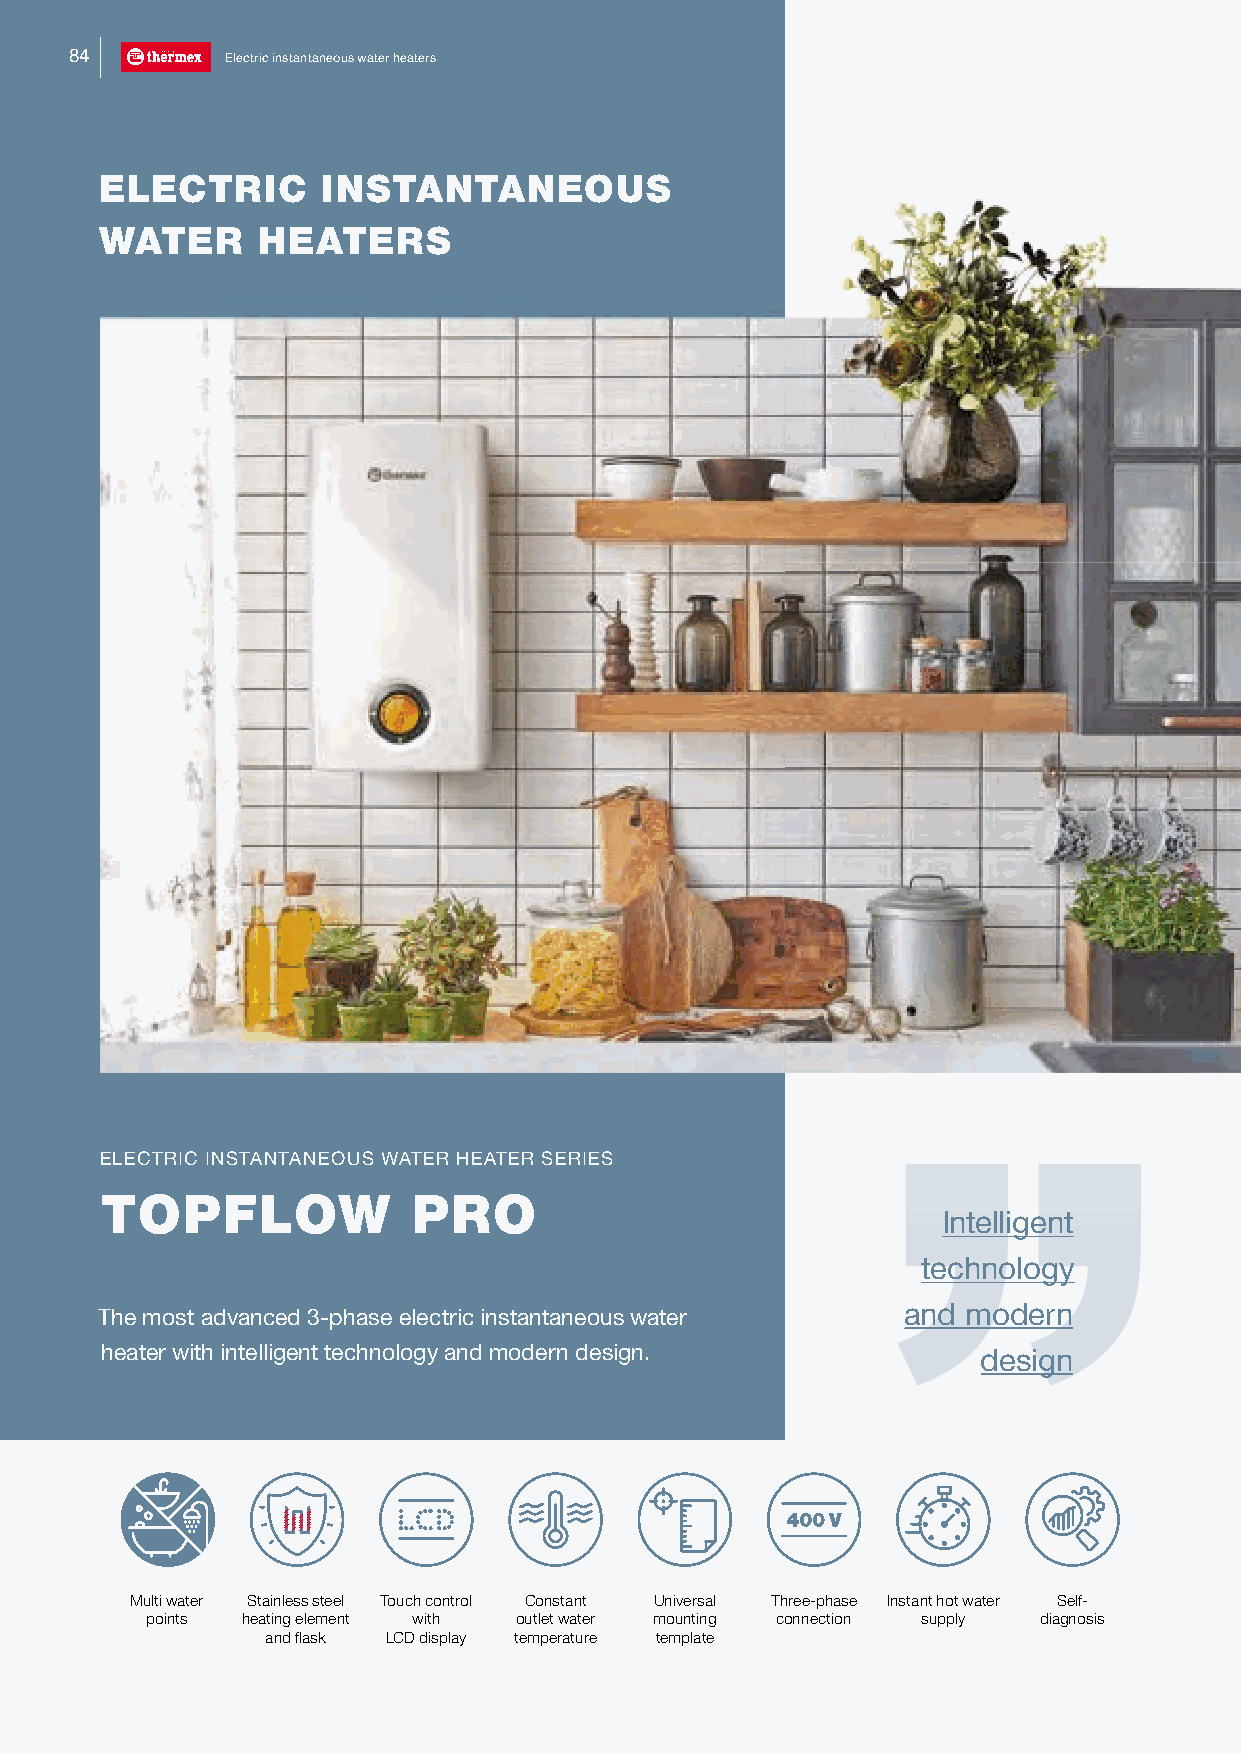
84        Electric instantaneous water heaters
 ELECTRIC      INSTANTANEOUS
 WATER     HEATERS
 ELECTRIC INSTANTANEOUS WATER HEATER SERIES
 TOPFLOW             PRO
 Intelligent
 technology
 and modern
 The most advanced 3-phase electric instantaneous water
 heater with intelligent technology and modern design.     design
 Multi water Stainless steel Touch control Constant Universal Three-phase Instant hot water Self-
 points heating element with outlet water mounting connection supply diagnosis
 and flask LCD display temperature template